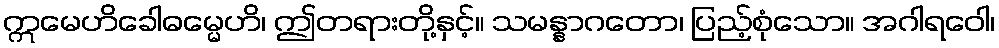
ဣမေဟိခေါဓမ္မေဟိ၊ ဤတရားတို့နှင့်။ သမန္နာဂတော၊ ပြည့်စုံသော။ အဂါရဝေါ၊